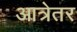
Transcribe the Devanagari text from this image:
आत्रेतर